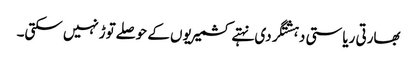
بھارتی ریاستی دہشتگردی نہتے کشمیریوں کے حوصلےتوڑنہیں سکتی۔